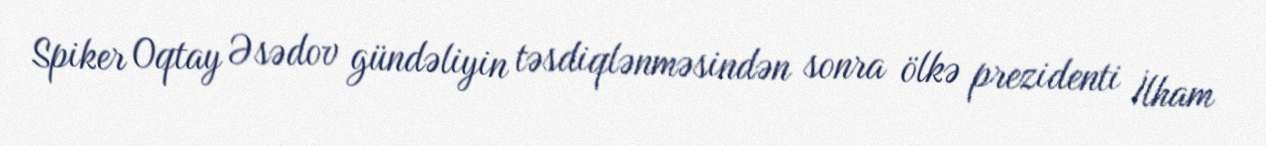
Spiker Oqtay Əsədov gündəliyin təsdiqlənməsindən sonra ölkə prezidenti İlham